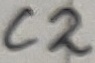
Text: C2